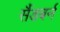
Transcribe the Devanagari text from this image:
सैंडबर्न